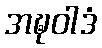
အဍ္ဎဝါဒံ